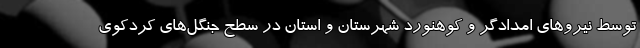
توسط نیروهای امدادگر و کوهنورد شهرستان و استان در سطح جنگل‌های کردکوی